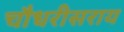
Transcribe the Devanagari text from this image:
चौधरीसराय